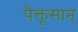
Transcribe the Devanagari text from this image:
पैक्तूसान्